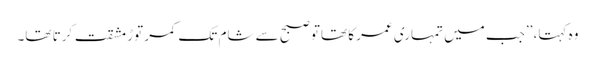
وہ کہتا، ’’جب میں تمہاری عمر کا تھاتو صبح سے شام تک کمر توڑ مشقت کرتا تھا۔